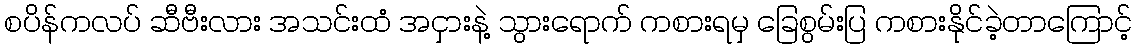
စပိန်ကလပ် ဆီဗီးလား အသင်းထံ အငှားနဲ့ သွားရောက် ကစားရမှ ခြေစွမ်းပြ ကစားနိုင်ခဲ့တာကြောင့်